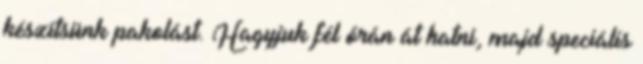
készítsünk pakolást. Hagyjuk fél órán át hatni, majd speciális